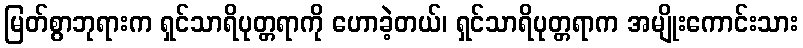
မြတ်စွာဘုရားက ရှင်သာရိပုတ္တရာကို ဟောခဲ့တယ်၊ ရှင်သာရိပုတ္တရာက အမျိုးကောင်းသား